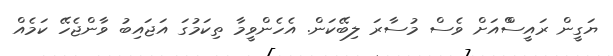
ޔަގީން ރައީސްްއަށް ވެސް މުސާރަ ލިބޭކަން. އެހެންވީމާ ތިކަމުގަ އަޖައިބު ވާންޖެހޭ ކަމެއް